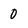
Character: 0